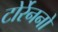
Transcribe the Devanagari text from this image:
टोर्रेननो